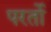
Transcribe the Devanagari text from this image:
परर्तो